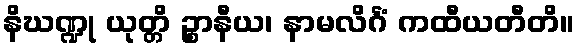
နိဃဏ္ဍု ယုတ္တိ ဉ္စာနီယ၊ နာမလိင်္ဂံ ကထီယတီတိ။